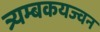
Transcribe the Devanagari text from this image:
त्र्यम्बकयज्वन